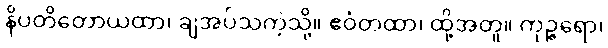
နိပတိတောယထာ၊ ချအပ်သကဲ့သို့။ ဧဝံတထာ၊ ထို့အတူ။ ကုဉ္ဇရော၊